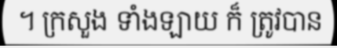
។ ក្រសួង ទាំងឡាយ ក៏ ត្រូវបាន